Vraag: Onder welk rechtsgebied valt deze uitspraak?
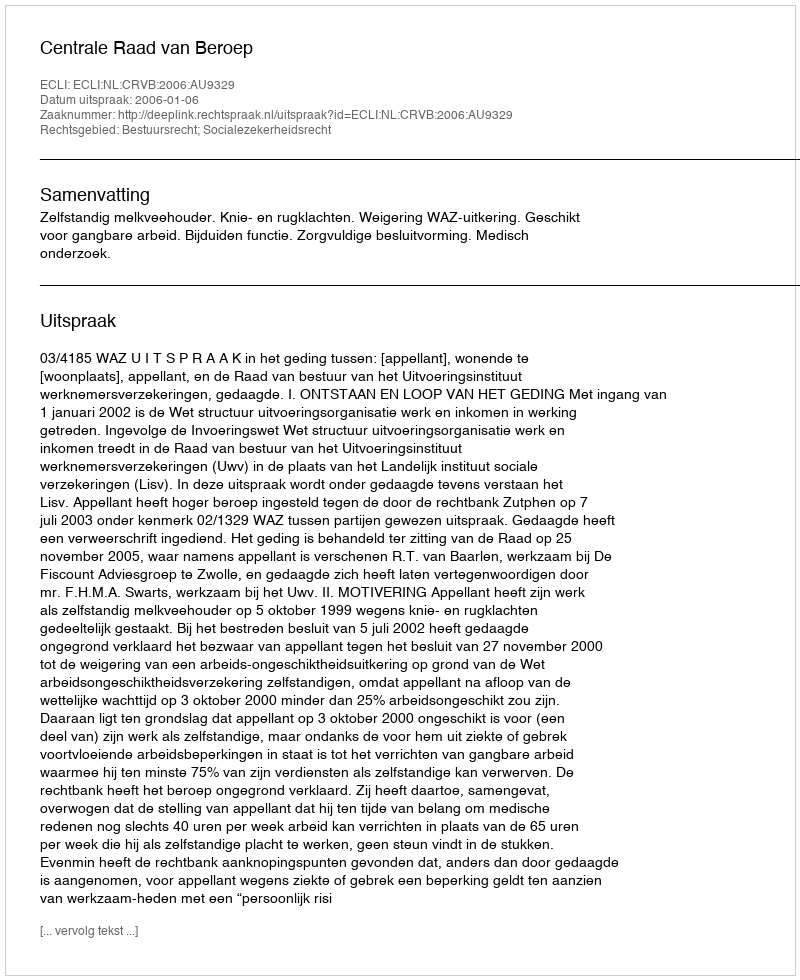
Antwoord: Bestuursrecht; Socialezekerheidsrecht